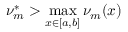
\nu _ { m } ^ { * } > \operatorname* { m a x } _ { x \in [ a , b ] } \nu _ { m } ( x )